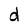
Character: d